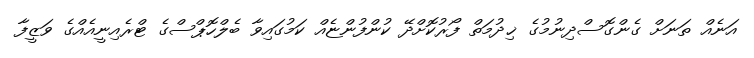
އަނެއް ތަނަށް ގެންގޮސްދިނުމުގެ ޚިދުމަތް ފޯރުކޮށްދޭ ކުންފުންޏެއް ކަމުގައިވާ ބެލްހޮޕްސްގެ ޓްރެއިނީއެއްގެ ވަޒީފާ